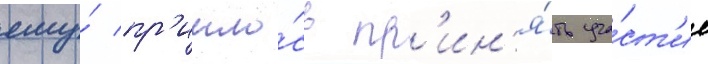
ему́ пр'ишло́сь пр'ин'я́ть уча́ст'ие